Vital statistics of India. Vol. IV, Annual returns from 1871 to 1876. British Army of India, Native Army and jails of Bengal
Year: 1871
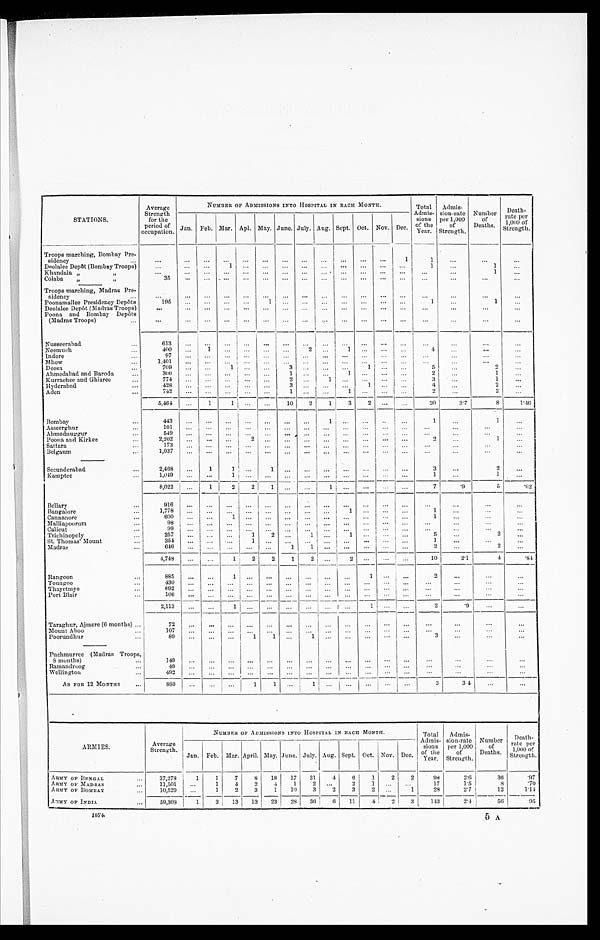
STATIONS.
Average
Strength
for the
period of
occupation.
NUMBER OF ADMISSIONS INTO HOSPITAL IN EACH MONTH.
Total
Admis-
sions
of the
-
Year.
Admis-
sion-rate
per 1,000
of
Strength.
Number
of
Deaths.
Death-
rate pe
r 1,000 of
Strength.
Jan. Feb. Mar. Apl. May. June. July. Aug. Sept. Oct. Nov. Dec.
Troops marching, Bombay Pr e -
s id e ncy . . .
. . .
. . .
. . .
. . .
. . .
. . .
. . .
. . .
. . .
. . .
. . .
. . .
1
1
. . .
. . .
. . .
Deolalee Depôt (Bombay Troops) . . .
. . .
. . .
1
. . .
. . .
. . .
. . .
. . .
. . .
. . .
. . .
. . .
1
. . .
1
. . .
Khandala " "
. . . . . .
. . .
. . .
. . .
. . .
. . .
. . .
. . .
. . .
. . .
. . .
. . .
. . .
. . .
1
. . .
Colaba " "
35
. . .
. . .
. . .
. . .
. . .
. . .
. . .
. . .
. . .
. . .
. . .
. . .
. . .
. . .
. . .
. . .
Troops marching, Madras Pre -
sidency
. . . . . .
. . .
. . .
. . .
. . .
. . .
. . .
. . .
. . .
. . .
. . .
. . .
. . .
. . .
. . .
. . .
Poonamallee Presidency Depôts
195
. . .
. . .
. . .
. . .
1
. . .
. . .
. . .
. . .
. . .
. . .
. . .
1
. . .
1
. . .
Deolalee Depôt (Madras Troops)
. . . . . .
. . .
. . .
. . .
. . .
. . .
. . .
. . .
. . .
. . .
. . .
. . .
. . .
. . .
. . .
. . .
Poona and Bombay Depôts
(Madras Troops). . .
. . .
. . .
. . .
. . .
. . .
. . .
. . .
. . .
. . .
. . .
. . .
. . .
. . .
. . .
. . .
. . .
. . .
Nusseerabad . . .
613
. . .
. . .
. . .
. . .
. . .
. . .
. . .
. . .
. . .
. . .
. . .
. . .
. . .
. . .
. . .
. . .
Neemuch . . .
400
. . .
1
. . .
. . .
. . .
. . .
2
. . .
1
. . .. . .
. . .
4
. . .
. . .
. . .
lndore . . .
9 7
. . .
. . .
. . .
. . .
. . .
. . .
. . .
. . .
. . .
. . .
. . .
. . .
. . .
. . .
. . .
Mhow . . .
1 , 4 0 1
. . .
. . .
. . .
. . .
. . .
. . .
. . .
. . .
. . .
. . .
. . .
. . .
. . .
. . .
. . .
. . .
Deesa . . .
709
. . .
. . .
1
. . .
. . .
3
. . . . . .
. . .
1
. . .
. . .
5
. . .
2
. . .
Ahmedabad and Baroda . . .
3 0 0
. . .
. . .
. . .
. . .
. . .
1
. . . . . .
1
. . .
. . .
. . .
2
. . .
1
. . .
Kurrachee and Ghizree . . .
7 7 4
. . .
. . .
. . .
. . .
. . .
2
. . .
1
. . .
. . .
. . .
3
. . .
1
. . .
Hyderabad . . .
428
. . .
. . .
. . .
. . .
. . .
3
. . .
. . .
. . .
1
. . .
. . .
4
. . .
2
. . .
Aden . . .
742
. . .
. . .
. . .
. . .
. . .
1
. . . . . .
1
. . .
. . .
. . .
2
. . .
2
. . .
5,464
. . .
1
1
. . .
. . .
10
2
1
3
2
. . .
. . .
20
3.7
8
1.46
Bombay . . .
443
. . .
. . .
. . .
. . .
. . .
. . .
. . .
1
. . .
. . .
. . .
. . .
1
. . .
1
. . .
Asseerghur . . .
101
. . .
. . .
. . .
. . .
. . .
. . .
. . .
. . .
. . .
. . .
. . .
. . .
. . .
. . .
. . .
. . .
Ahmednuggur . . .
549
. . .
. . .
. . .
. . .
. . .
. . .
. . .
. . .
. . .
. . .
. . .
. . .
. . .
. . .
. . .
. . .
Poona and Kirkee . . .
2,202
. . .
. . .
. . .
2
. . .
. . .
. . .
. . .
. . .
. . .
. . .
. . .
2
. . .
1
. . .
Sattara . . .
173
. . .
. . .
. . .
. . .
. . .
. . .
. . .
. . .
. . .
. . .
. . .
. . .
. . .
. . .
. . .
. . .
Belgaum . . .
1 , 0 3 7 . . .
. . .
. . .
. . .
. . .
. . .
. . .. . .
. . .
. . .
. . .
. . .
. . .
. . .
. . .
. . .
Secunderabad . . .
2,468
. . .
1
1
. . .
1
. . .
. . .
. . .
. . .
. . .
. . .
. . .
3
. . .
2
. . .
Kamptee . . .
1,049
. . .
. . .
1
. . .
. . .
. . .
. . .
. . .
. . .
. . .
. . .
. . .
1
. . .
1
. . .
8,022
. . .
1
2
2
1
. . .
. . .
1
. . .
. . .
. . .
. . .
7
. 9
5
. 6 2
Bellary . . .
916
. . .
. . .
. . .
. . .
. . .. . .
. . .
. . .
. . .
. . .
. . .
. . .
. . .
. . .
. . .
. . .
. . .
B a n g a l o r e . . .
1 , 7 7 8
. . .
. . .
. . .
. . .
. . .
. . .
. . .
. . .
1
. . .
. . .
. . . 1
. . .
. . .
. . .
Cannanore . . .
6 0 0
. . .
. . .
1
. . .
. . .
. . .
. . .
. . .
. . .
. . .
. . .
. . . 1
. . .
. . .
. . .
Malliapoorum . . .
9 8 . . .
. . .
. . .
. . .
. . .
. . .
. . .
. . .
. . .
. . .
. . .
. . .
. . .
. . . .
. . .
. . .
Calicut . . .
9 9
. . .
. . .
. . .
. . .
. . .
. . .
. . .
. . .
. . .
. . .
. . .
. . .
. . .
. . .
. . .
. . .
Trichinopoly . . .
2 5 7 . . .
. . .
. . .
1
2
. . .
1
. . .
1
. . .
. . .
. . .
5
. . .
2
. . .
St. Thomas' Mount
354
. . .
. . .
. . .
1
. . .
. . .
. . .
. . .
. . .
. . .
. . .
. . .
1
. . .
. . .
. . .
Madras . . .
646
. . . . . .
. . .
. . .
. . .
1
1
. . .
. . .
. . .
. . .
. . .
2
. . .
2 . . .
. . .
4,748
. . .. . .
1
2
2
1
2
. . .
2
. . .. . .
. . .
10
2.1
4
.84
Rangoon . . .
885
. . .
. . .
1
. . .
. . .
. . .
. . .
. . .
. . .
1
. . .
. . .
2
. . .
. . .
. . .
Toungoo . . .
430
. . .
. . .
. . .
. . .
. . .
. . .
. . .
. . .
. . .
. . .
. . .
. . .
. . .
. . .
. . .
. . .
Thayetmyo . . .
692
. . .
. . .
. . .
. . .
. . .
. . .
. . .
. . .
. . .
. . .
. . .
. . .
. . .
. . .
. . .
. . .
Port Blair . . .
106
. . . . . .
. . .
. . .
. . .
. . .
. . .
. . .
. . .
. . .
. . .
. . .
. . .
. . .
. . .
. . .
2,113
. . .
. . .
1
. . .
. . .
. . .
. . .
. . .
. . .
1
. . .
. . .
2
.9
. . .
. . .
Taraghur, Ajmere (6 months)
7 2
. . .
. . .
. . .
. . .
. . .
. . .
. . .. . .
. . .. . . . . .
. . .
. . .
. . .
. . .
. . .
. . .
Mount Aboo. . .
107 . . .
. . .
. . . .
. . .
. . .
. . .
. . .
. . .
. . .
. . .
. . .
. . .
. . .
. . .
. . .
. . .
P o o r u n d h u r . . .
8 9
. . .
. . .
. . .
1
1
. . .
1
. . .
. . .
. . .
. . .
. . .
3
. . .
. . .
. . .
Puchmurree(MadrasTroops,
8 months) . . .
149
. . .
. . .
. . .
. . .
. . .
. . .
. . .
. . .
. . .
. . .
. . .
. . .
. . .
. . .
. . .
. . .
Ramandroog . . .
49 . . .
. . .
. . .
. . .
. . .
. . .
. . .
. . .
. . .
. . .
. . .
. . .
. . . .
. . .
. . .
. . .
Wellington . . .
492 . . .
. . .
. . .
. . .
. . .
. . .
. . .
. . .
. . .
. . .
. . .
. . .
. . .
. . .
. . .
. . .
AS FOR 12 MONTHS
880
. . .
. . .
. . .
1
1
. . . . . .
1 . . .
. . .
. . .
. . . . . .
3
34
. . .
. . .
ARMIES.
Average
S trength .
NUMBER OF ADMISSIONS INTO HOSPITAL IN EACH MONTH.
Total
Admis-
sions
of the
Year.
Admis-
sion-rate
per 1,000
of
Strength.
Number
of
Deaths.
Death-
rateper
1.000
o f
S t r e n g t h .
Jan. Feb. Mar. April. May. June. July. Aug. Sept. Oct. Nov. Dec.
ARMY OF BENGAL . . .
3 7 , 2 7 8
1
1
7
8
18
17
31
4
6
1
2
2
98
2.6
36
.97
ARMY OF MADRAS . . .
11,501
. . .
1
4
2
4
1
2
. . .
2
1
. . .
. . .
17
1.5
8
.70
ARMY OF BOMBAY . . .
1 0 , 5 2 9
. . .
1
2
3
1
10
3
2
3
2
. . .
1
28
2.7
12
1.14
ARMY OF INDIA . . .
5 9 , 3 0 3
1
3 13
13
23
28
36
6
11
4
2
3
143
2 . 4
5 6
. 9 5
1874.
5 A